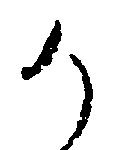
候